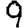
Digit: 9